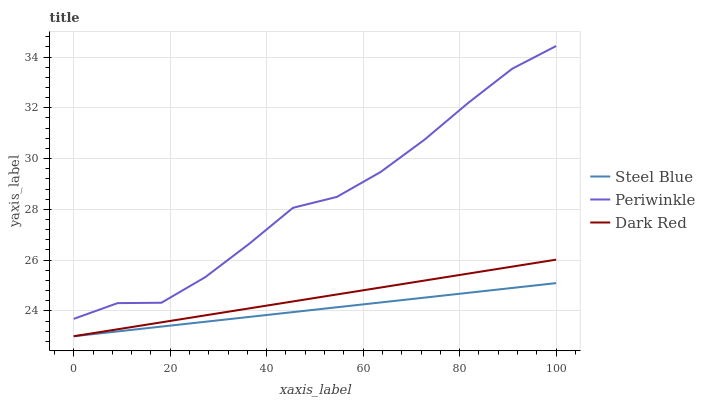
| xaxis_label | Steel Blue | Periwinkle | Dark Red |
 | --- | --- | --- | --- |
 | 0 | 23 | 23.7 | 23 |
 | 9.09 | 23.2 | 24.3 | 23.3 |
 | 18.2 | 23.4 | 24.3 | 23.5 |
 | 27.3 | 23.6 | 25.3 | 23.8 |
 | 36.4 | 23.8 | 26.6 | 24.1 |
 | 45.5 | 24 | 28.1 | 24.4 |
 | 54.5 | 24.1 | 28.5 | 24.6 |
 | 63.6 | 24.3 | 29.5 | 24.9 |
 | 72.7 | 24.5 | 30.7 | 25.2 |
 | 81.8 | 24.7 | 32.2 | 25.5 |
 | 90.9 | 24.9 | 33.5 | 25.7 |
 | 100 | 25.1 | 34.4 | 26 |